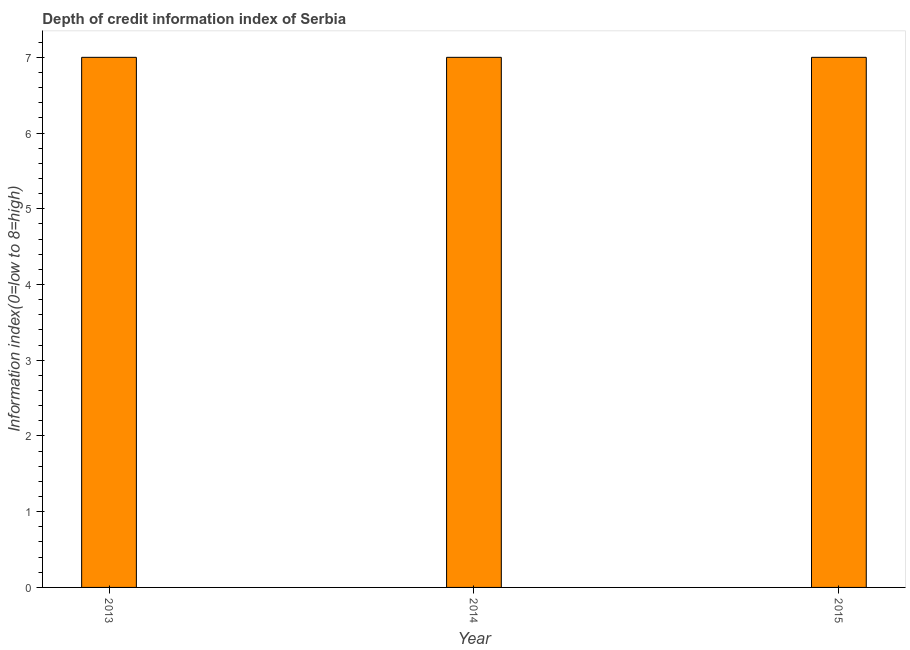
| Year | Depth of credit information index |
 | --- | --- |
 | 2013 | 7 |
 | 2014 | 7 |
 | 2015 | 7 |